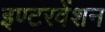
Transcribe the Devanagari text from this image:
इण्टरवेंशन